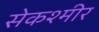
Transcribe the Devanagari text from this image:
सेकश्मीर